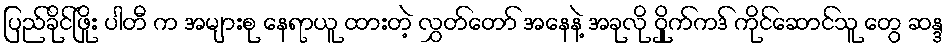
ပြည်ခိုင်ဖြိုး ပါတီ က အများစု နေရာယူ ထားတဲ့ လွှတ်တော် အနေနဲ့ အခုလို ဝှိုက်ကဒ် ကိုင်ဆောင်သူ တွေ ဆန္ဒ